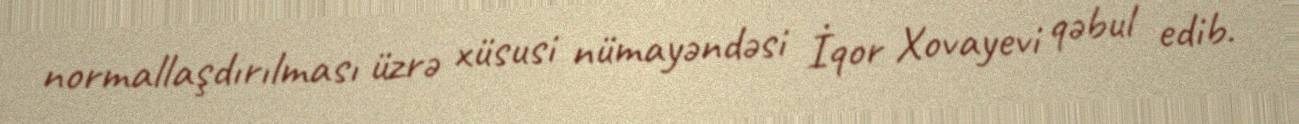
normallaşdırılması üzrə xüsusi nümayəndəsi İqor Xovayevi qəbul edib.